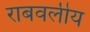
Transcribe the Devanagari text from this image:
राबवलीय